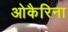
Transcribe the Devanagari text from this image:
ओकैरिना